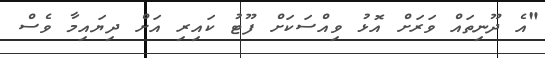
"އެ ދޫނިތައް ވަރަށް އޮޅު ވިއްސަކަށް ފޫޓު ކައިރި އަށް ދިޔައިމާ ވެސް